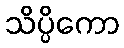
သိပ္ပိကော